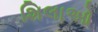
શિલાઓ